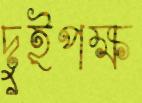
দুইপক্ষ